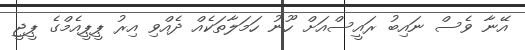
އޭނާ ވެސް ނައިބު ރައީސްއަށް ހޫނު ހަމަލާތަކެއް ދެއްވި އިރު ޕީޕީއެމްގެ ޕީޖީ